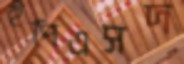
ইপিএসদ